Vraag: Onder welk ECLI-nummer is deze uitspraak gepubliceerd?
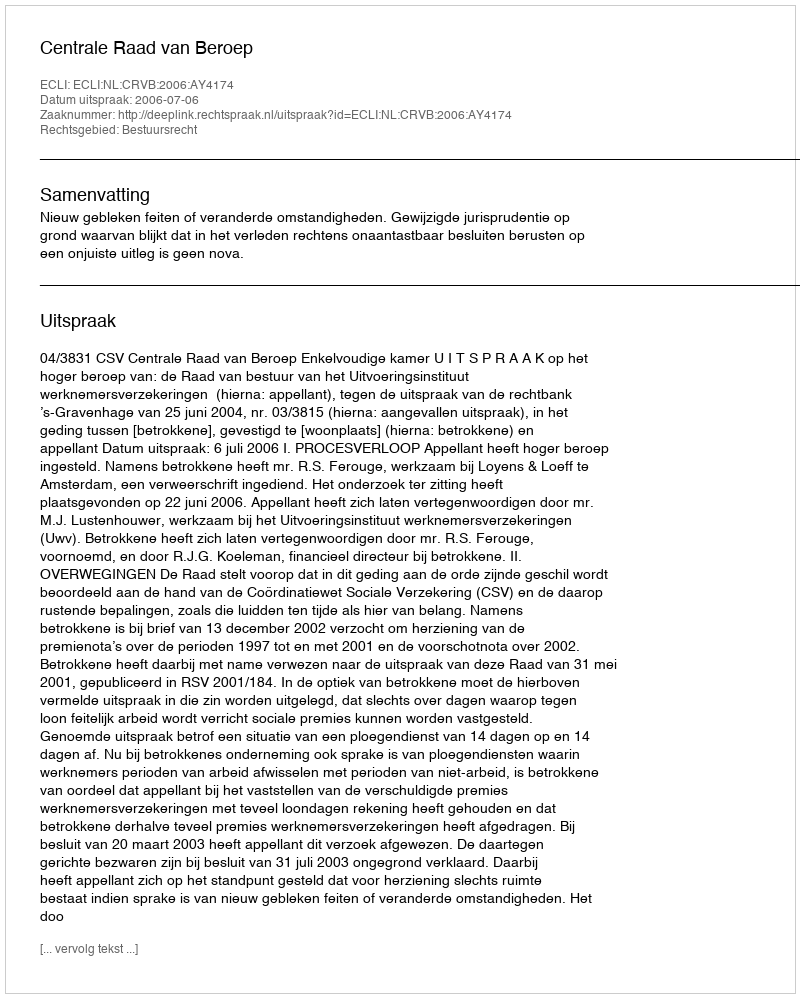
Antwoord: ECLI:NL:CRVB:2006:AY4174